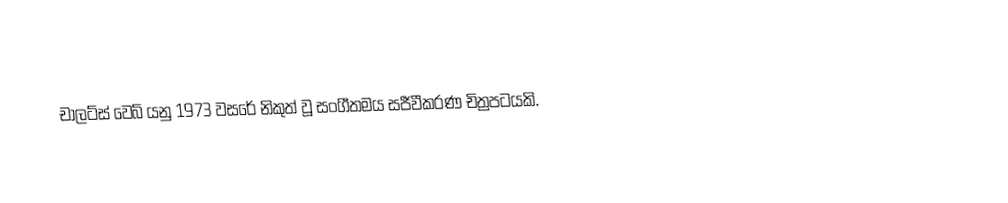
චාලට්ස් වෙබ් යනු 1973 වසරේ නිකුත් වූ සංගීතමය සජීවීකරණ චිත්‍රපටයකි.